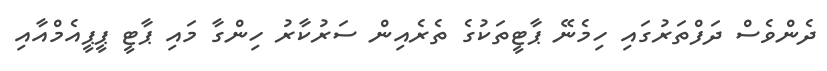
ދެންވެސް ދަފްތަރުގައި ހިމެނޭ ޕާޓީތަކުގެ ތެރެއިން ސަރުކާރު ހިންގާ މައި ޕާޓީ ޕީޕީއެމްއާއި